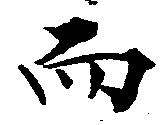
而